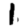
Digit: 1